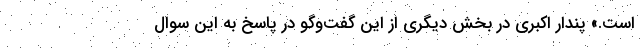
است.» پندار اکبری در بخش دیگری از این گفت‌وگو در پاسخ به این سوال